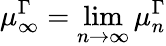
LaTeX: \mu_{\infty}^{\Gamma}=\operatorname*{lim}_{n\to\infty}\mu_{n}^{\Gamma}